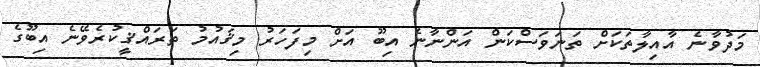
މަދުވާނެ އާއިލާތަކަށް ތަނަވަސްކަން އަންނާނެ އިބޫ އަށް މިފަހަރު މިޤައުމު ތަރައްޤީކުރެވޭނެ އިބޫގެ